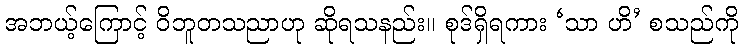
အဘယ့်ကြောင့် ဝိဘူတသညာဟု ဆိုရသနည်း။ စုဒ်ရှိရကား ‘သာ ဟိ’ စသည်ကို